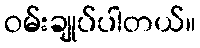
ဝမ်းချုပ်ပါတယ်။